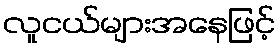
လူငယ်များအနေဖြင့်